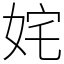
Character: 姹